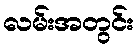
လမ်းအတွင်း